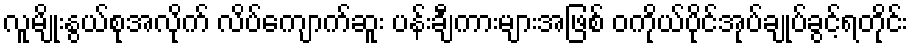
လူမျိုးနွယ်စုအလိုက် လိပ်ကျောက်ဆူး ပန်းချီကားများအဖြစ် ဝကိုယ်ပိုင်အုပ်ချုပ်ခွင့်ရတိုင်း